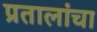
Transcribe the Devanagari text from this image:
प्रतालांचा